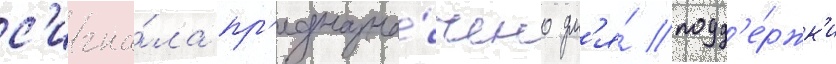
с'игна́ла пр'едназна́чено дл'я́ подд'е́ржк'и